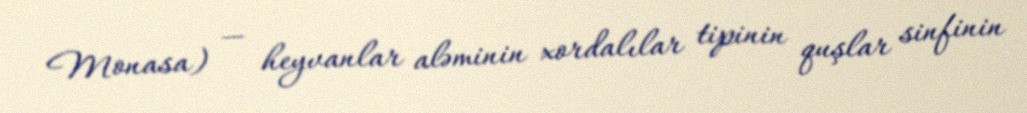
Monasa) — heyvanlar aləminin xordalılar tipinin quşlar sinfinin